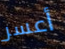
أعسر